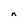
Character: n